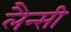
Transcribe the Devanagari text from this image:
लैन्सी